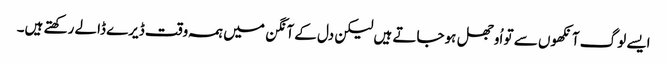
ایسے لوگ آنکھوں سے تو اُوجھل ہوجاتے ہیں لیکن دل کے آنگن میں ہمہ وقت ڈیرے ڈالے رکھتے ہیں۔